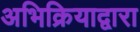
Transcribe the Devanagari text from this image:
अभिक्रियाद्वारा